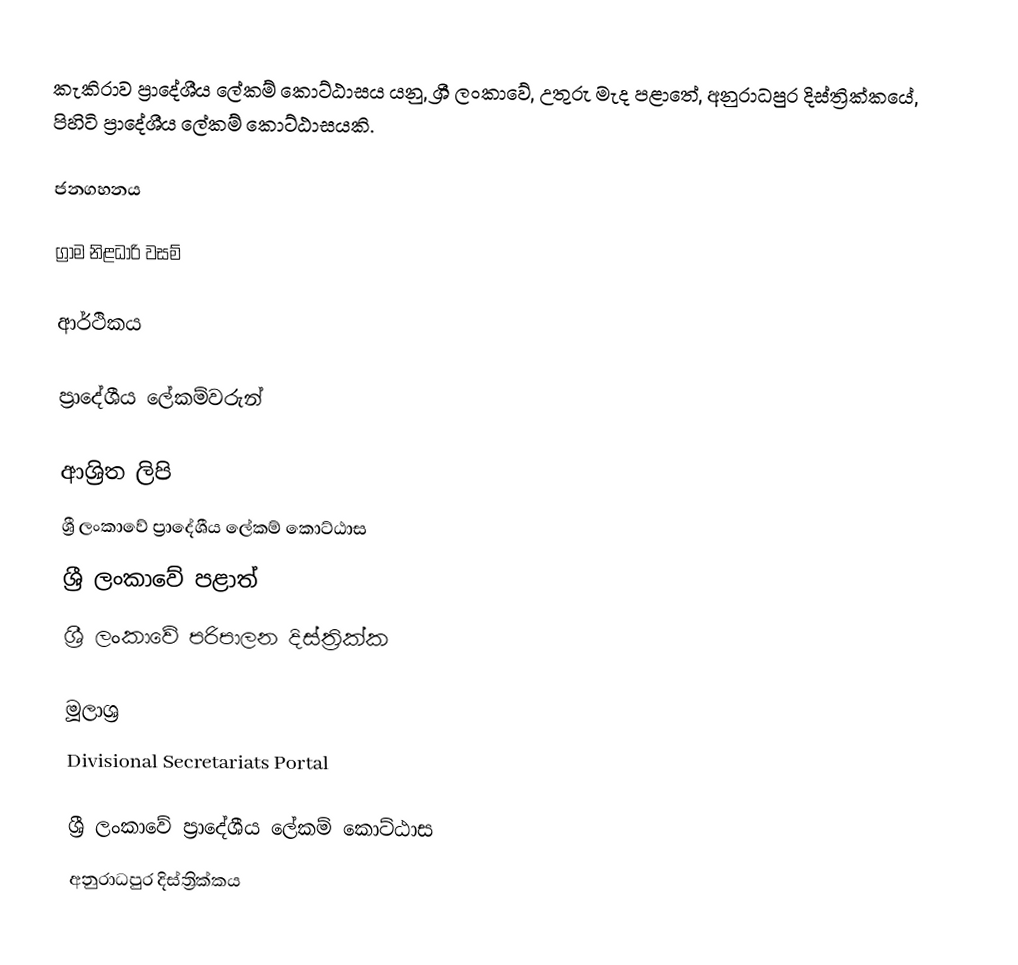
කැකිරාව ප්‍රාදේශීය ලේකම් කොට්ඨාසය යනු,  ශ්‍රී ලංකාවේ,  උතුරු මැද පළාතේ,   අනුරාධපුර දිස්ත්‍රික්කයේ, පිහිටි ප්‍රාදේශීය ලේකම් කොට්ඨාසයකි.

ජනගහනය

ග්‍රාම නිළධාරි වසම්

ආර්ථිකය

ප්‍රාදේශීය ලේකම්වරුන්

ආශ්‍රිත ලිපි
ශ්‍රී ලංකාවේ ප්‍රාදේශීය ලේකම් කොට්ඨාස
ශ්‍රී ලංකාවේ පළාත්
ශ්‍රී ලංකාවේ පරිපාලන දිස්ත්‍රික්ක

මූලාශ්‍ර
 Divisional Secretariats Portal

ශ්‍රී ලංකාවේ ප්‍රාදේශීය ලේකම් කොට්ඨාස
අනුරාධපුර දිස්ත්‍රික්කය